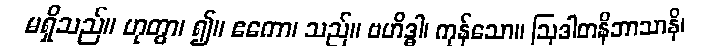
မရှိသည်။ ဟုတွာ၊ ၍။ ဧကော၊ သည်။ ဗဟိဒ္ဓါ၊ ကုန်သော။ ဩဒါတနိဘာသာနိ၊